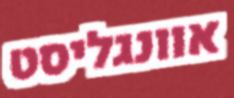
אוונגליסט